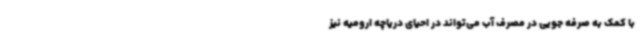
با کمک به صرفه جویی در مصرف آب می‌تواند در احیای دریاچه ارومیه نیز